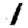
Digit: 1